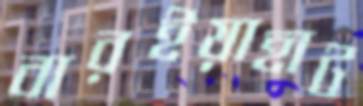
বারইয়াহাট